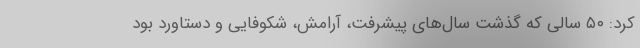
کرد: ۵۰ سالی که گذشت سال‌های پیشرفت، آرامش، شکوفایی و دستاورد بود